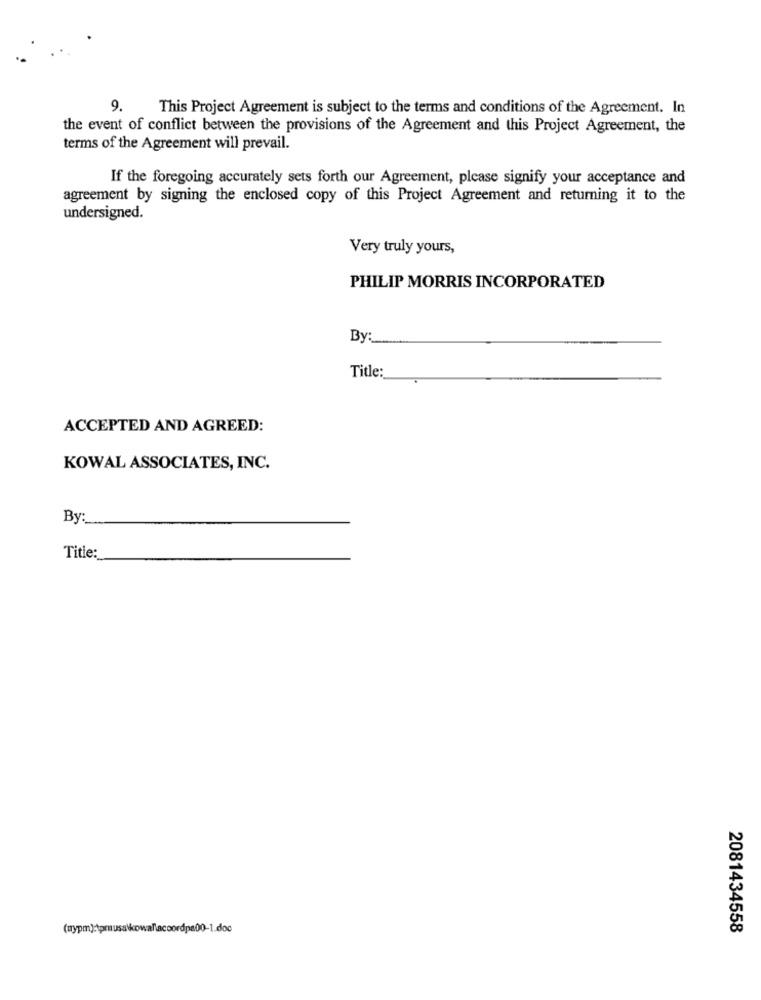
This Project Agreement is subject to the terms and conditions of the Agreement. In
the event of conflict between the provisions of the Agreement and this Project Agreement, the
terms of the Agreement will prevail.
If the foregoing accurately sets forth our Agreement, please signify your acceptance and
agreement by signing the enclosed copy of this Project Agreement and returning it to the
undersigned.
Very truly yours,
PHILIP MORRIS INCORPORATED
By :_
Title:
ACCEPTED AND AGREED:
KOWAL ASSOCIATES, INC.
By:
Title:
2081434558